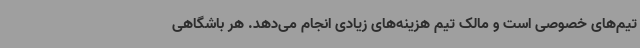
تیم‌های خصوصی است و مالک تیم هزینه‌های زیادی انجام می‌دهد. هر باشگاهی